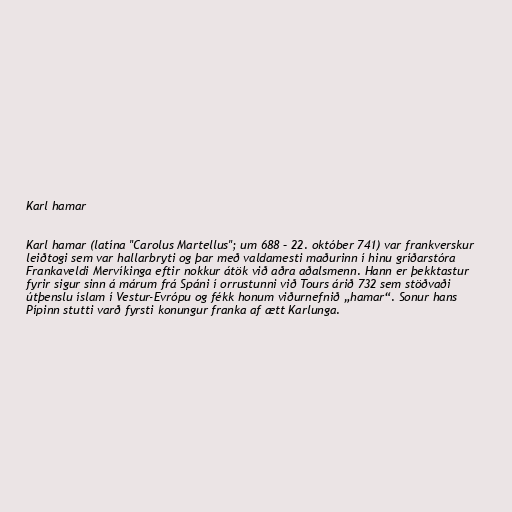
Karl hamar

Karl hamar (latína "Carolus Martellus"; um 688 – 22. október 741) var frankverskur
leiðtogi sem var hallarbryti og þar með valdamesti maðurinn í hinu gríðarstóra
Frankaveldi Mervíkinga eftir nokkur átök við aðra aðalsmenn. Hann er þekktastur
fyrir sigur sinn á márum frá Spáni í orrustunni við Tours árið 732 sem stöðvaði
útþenslu íslam í Vestur-Evrópu og fékk honum viðurnefnið „hamar“. Sonur hans
Pípinn stutti varð fyrsti konungur franka af ætt Karlunga.